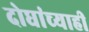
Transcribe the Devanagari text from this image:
दोघांच्‍याही